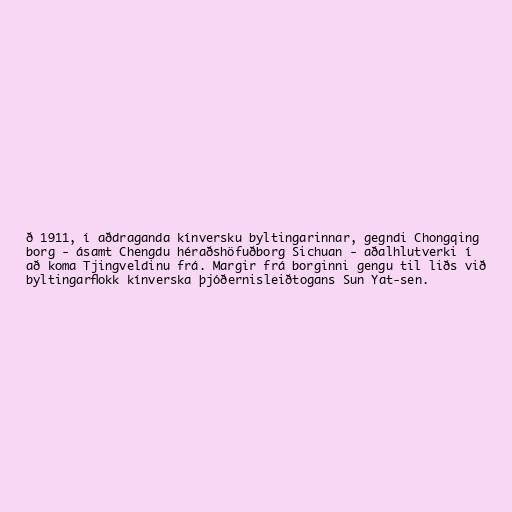
ð 1911, í aðdraganda kínversku byltingarinnar, gegndi Chongqing
borg - ásamt Chengdu héraðshöfuðborg Sichuan - aðalhlutverki í
að koma Tjingveldinu frá. Margir frá borginni gengu til liðs við
byltingarflokk kínverska þjóðernisleiðtogans Sun Yat-sen.